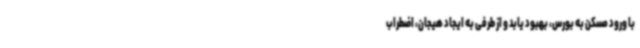
با ورود مسکن به بورس، بهبود یابد و از طرفی به ایجاد هیجان، اضطراب